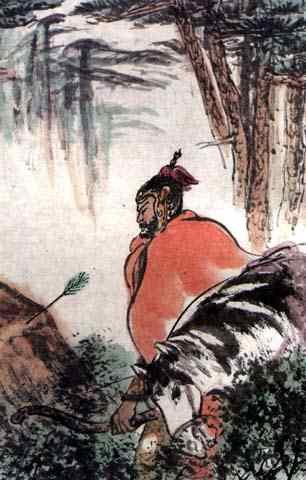
野幕敞琼筵，羌戎贺劳旋。